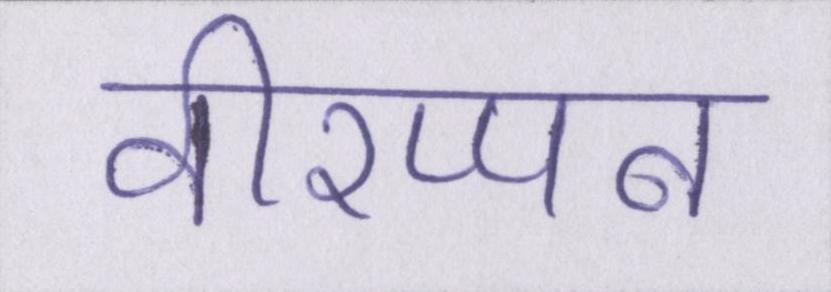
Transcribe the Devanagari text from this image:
वीरप्पन